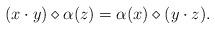
LaTeX: \begin{align*}(x\cdot y)\diamond\alpha(z)=\alpha(x)\diamond(y\cdot z).\end{align*}